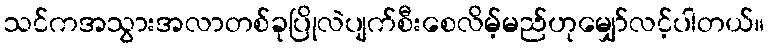
သင်ကအသွားအလာတစ်ခုပြိုလဲပျက်စီးစေလိမ့်မည်ဟုမျှော်လင့်ပါတယ်။